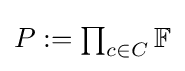
{\textstyle P:=\prod _{c\in C}\mathbb {F} }